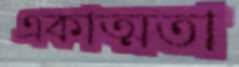
একাত্মতা